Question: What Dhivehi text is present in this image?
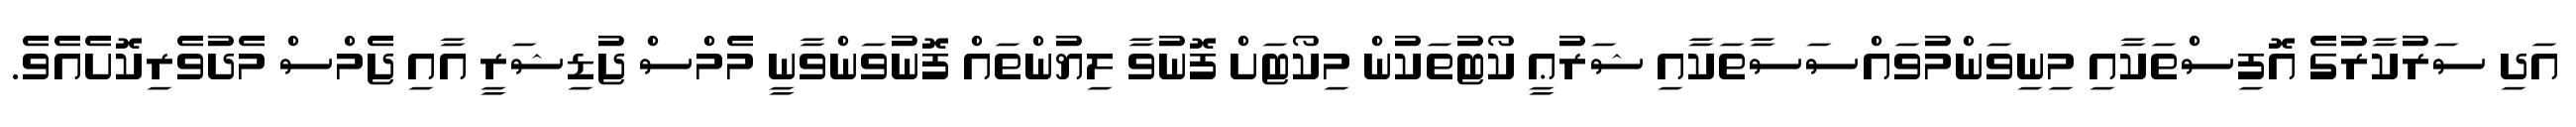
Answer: އަދި ސަރުކާރުގެ އޮފިސްތަކާއި މިނިވަންމުވައްސަސާތަކާއި ޝަރުޢީ ކޯޓުތަކުން މިކޯޓަށް ފޮނުވާ ލިޔުންތައް ފޮނުވަންވާނީ މެމްސް ޖުޑިޝަރީ އާއި ޖެމްސް މެދުވެރިކޮށެއެވެ.